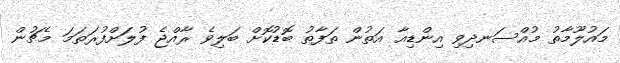
މައުލޫމާތު މުއްސަނދިވި އިންޑިއާ އަތުން ތަފާތު ބޮޑުކޮށް ބަލިވެ ރާއްޖެ ފުލަށްފުރަތަމަ މެޗުން